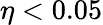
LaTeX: \eta<0.05